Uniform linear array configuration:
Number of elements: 4
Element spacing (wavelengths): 0.25
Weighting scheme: hann
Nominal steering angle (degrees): -60
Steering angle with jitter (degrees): -59.628
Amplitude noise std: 0.05
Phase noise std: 0.05

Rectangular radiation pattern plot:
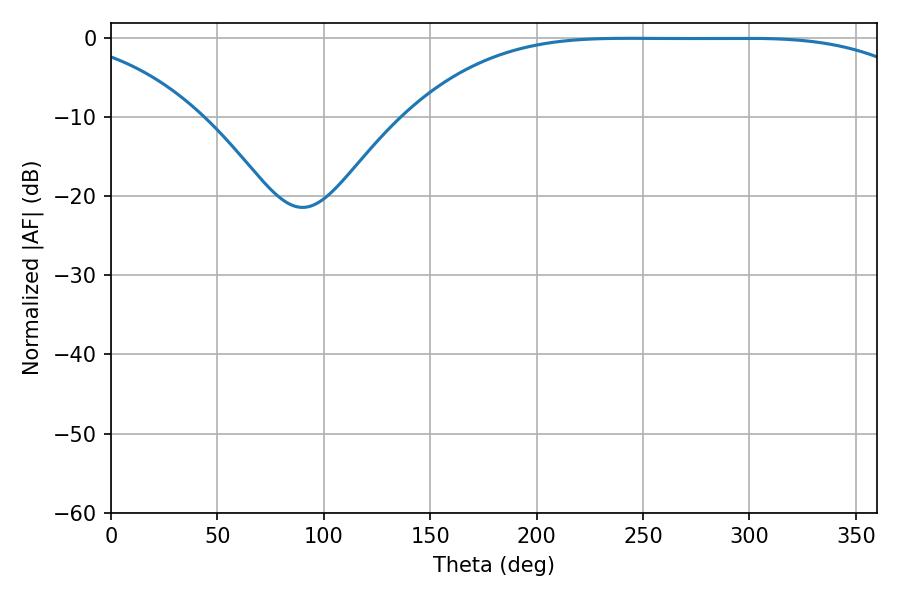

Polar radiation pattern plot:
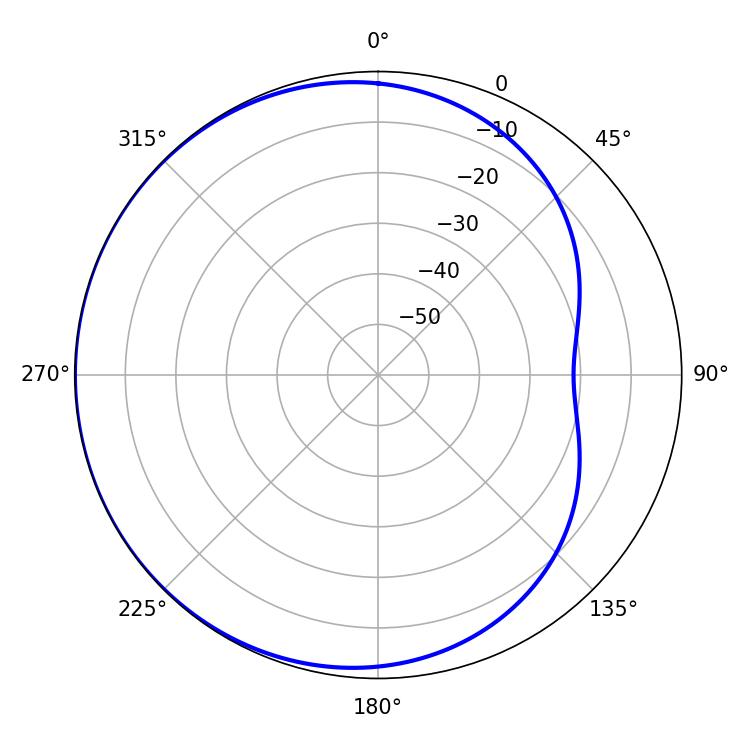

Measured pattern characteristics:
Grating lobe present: FALSE
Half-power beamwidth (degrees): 185.94
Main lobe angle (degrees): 243.72